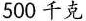
500千克